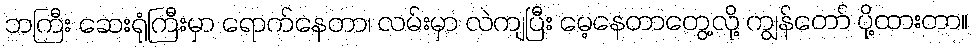
ဘကြီး ဆေးရုံကြီးမှာ ရောက်နေတာ၊ လမ်းမှာ လဲကျပြီး မေ့နေတာတွေ့လို့ ကျွန်တော် ပို့ထားတာ။